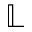
\mathbb { L }